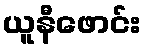
ယူနီဖောင်း